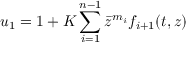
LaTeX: u _ { 1 } = 1 + K \sum _ { i = 1 } ^ { n - 1 } \bar { z } ^ { m _ { i } } f _ { i + 1 } ( t , z )